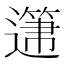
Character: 𲅺